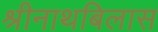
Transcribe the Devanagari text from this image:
श्रीनाथबिलास